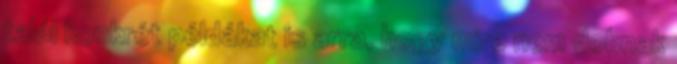
talál konkrét példákat is arra, hogy mire nem dobnak